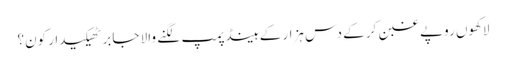
لاکھوں روپے غبن کر کے دس ہزار کے ہینڈ پمپ لگنے والا جابر ٹھیکیدار کون؟